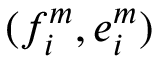
{ ( f _ { i } ^ { m } , e _ { i } ^ { m } ) }